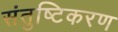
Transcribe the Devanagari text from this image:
संतुष्टिकरण